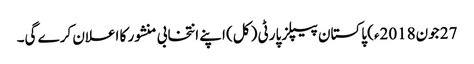
27 جون2018ء) پاکستان پیپلز پارٹی ( کل) اپنے انتخابی منشور کا اعلان کرے گی۔